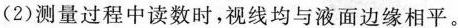
(2)测量过程中读数时，视线均与液面边缘相平。